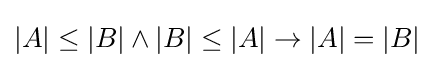
|A|\leq |B|\wedge |B|\leq |A|\rightarrow |A|=|B|